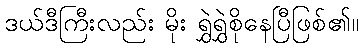
ဒယ်ဒီကြီးလည်း မိုး ရွှဲရွှဲစိုနေပြီဖြစ်၏။